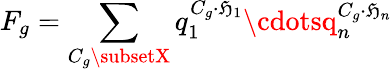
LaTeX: F_{g}=\sum_{C_{g}\subsetX}q_{1}^{C_{g}\cdot\mathfrak{H}_{1}}\cdotsq_{n}^{C_{g}\cdot\mathfrak{H}_{n}}